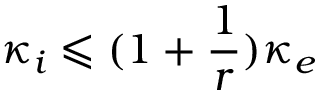
\kappa _ { i } \leqslant ( 1 + \frac { 1 } { r } ) \kappa _ { e }